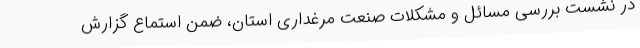
در نشست بررسی مسائل و مشکلات صنعت مرغداری استان، ضمن استماع گزارش